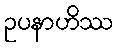
ဥပနာဟိဿ